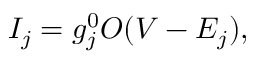
I _ { j } = g _ { j } ^ { 0 } O ( V - E _ { j } ) ,